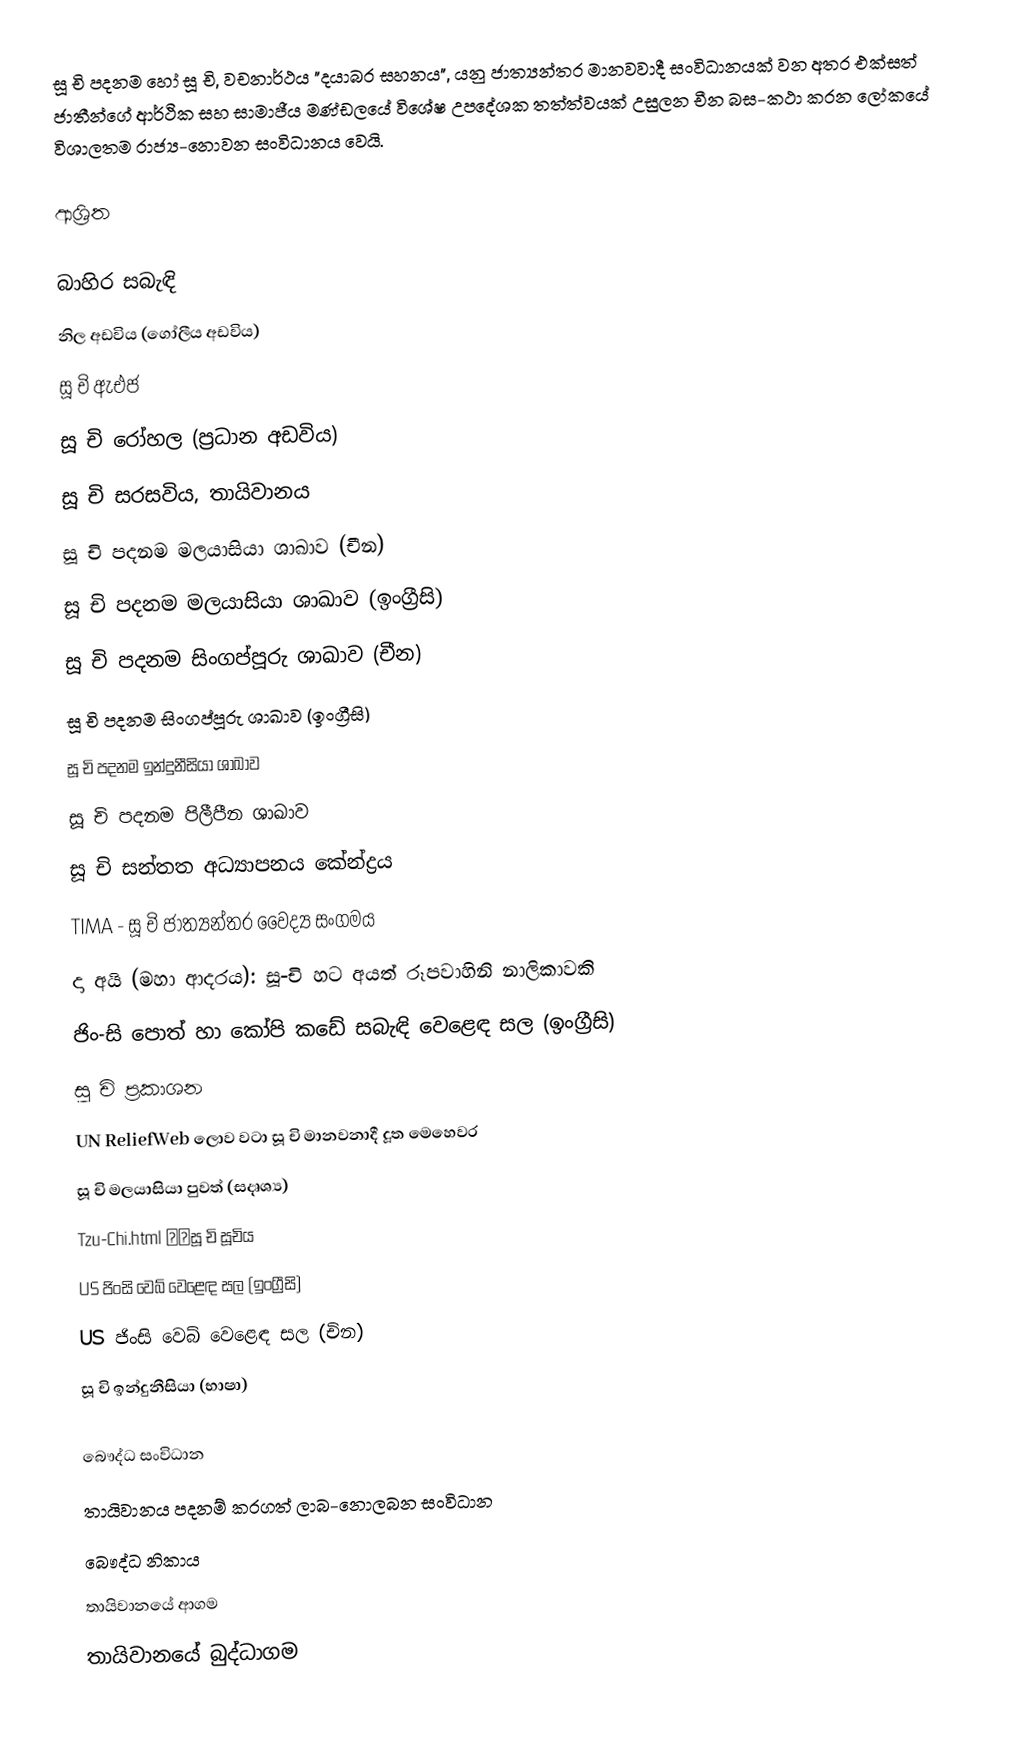
සූ චි පදනම හෝ සූ චි, වචනාර්ථය "දයාබර සහනය", යනු ජාත්‍යන්තර මානවවාදී සංවිධානයක් වන අතර  එක්සත් ජාතීන්ගේ ආර්ථික සහ සාමාජීය මණ්ඩලයේ විශේෂ උපදේශක තත්ත්වයක් උසුලන චීන බස-කථා කරන ලෝකයේ විශාලතම රාජ්‍ය-නොවන සංවිධානය වෙයි.

ආශ්‍රිත

බාහිර සබැඳි
නිල අඩවිය (ගෝලීය අඩවිය)
සූ චි ඇඑජ
සූ චි රෝහල (ප්‍රධාන අඩවිය)
සූ චි සරසවිය, තායිවානය
සූ චි පදනම මලයාසියා ශාඛාව (චීන)
සූ චි පදනම මලයාසියා ශාඛාව (ඉංග්‍රීසි)
සූ චි පදනම සිංගප්පූරු ශාඛාව (චීන)
සූ චි පදනම සිංගප්පූරු ශාඛාව (ඉංග්‍රීසි)
සූ චි පදනම ඉන්දුනීසියා ශාඛාව
සූ චි පදනම පිලීපීන ශාඛාව
සූ චි සන්තත අධ්‍යාපනය කේන්ද්‍රය
TIMA - සූ චි ජාත්‍යන්තර වෛද්‍ය සංගමය
දා අයි (මහා ආදරය): සූ-චි හට අයත් රූපවාහිනි නාලිකාවකි
ජිං-සි පොත් හා කෝපි කඩේ සබැඳි වෙළෙඳ සල (ඉංග්‍රීසි)
සූ චි ප්‍රකාශන
UN ReliefWeb ලොව වටා සූ චි මානවනාදී දූත මෙහෙවර
සූ චි මලයාසියා පුවත් (සදෘශ්‍ය)
Tzu-Chi.html 慈濟සූ චි සූචිය
US ජිංසි වෙබ් වෙළෙඳ සල (ඉංග්‍රීසි)
US ජිංසි වෙබ් වෙළෙඳ සල (චින)
සූ චි ඉන්දුනීසියා (භාෂා)

බෞද්ධ සංවිධාන
තායිවානය පදනම් කරගත් ලාබ-නොලබන සංවිධාන
බෞද්ධ නිකාය
තායිවානයේ ආගම
තායිවානයේ බුද්ධාගම